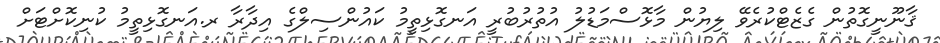
ޤާނޫނީގޮތުން ގެޒެޓްކުރެވޭ ލިޔުން މާޅޮސްމަޑުލު އުތުރުބުރީ އަނގޮޅިތީމު ކައުންސިލްގެ އިދާރާ ރ.އަނގޮޅިތީމު ކުނިކޮށްޓަށް